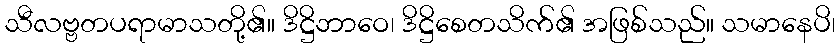
သီလဗ္ဗတပရာမာသတို့၏။ ဒိဋ္ဌိဘာဝေ၊ ဒိဋ္ဌိစေတသိက်၏ အဖြစ်သည်။ သမာနေပိ၊